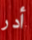
أدر